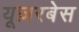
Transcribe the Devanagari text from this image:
यूज़रबेस